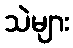
သဲများ